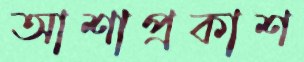
আশাপ্রকাশ